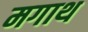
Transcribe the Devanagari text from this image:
मगाथ